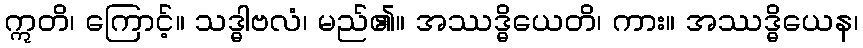
ဣတိ၊ ကြောင့်။ သဒ္ဓါဗလံ၊ မည်၏။ အဿဒ္ဓိယေတိ၊ ကား။ အဿဒ္ဓိယေန၊